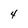
Character: 4